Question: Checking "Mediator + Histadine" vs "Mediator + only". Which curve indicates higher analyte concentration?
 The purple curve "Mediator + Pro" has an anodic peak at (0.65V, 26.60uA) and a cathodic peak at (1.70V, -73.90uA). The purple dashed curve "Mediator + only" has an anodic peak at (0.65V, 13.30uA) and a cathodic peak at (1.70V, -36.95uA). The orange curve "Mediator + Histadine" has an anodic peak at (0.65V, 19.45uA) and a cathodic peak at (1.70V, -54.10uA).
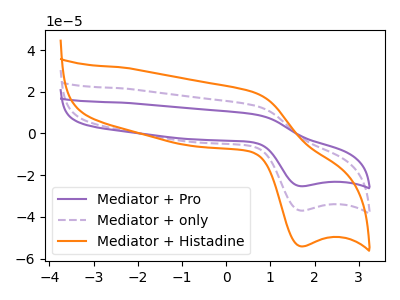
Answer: <think>All the peaks in "Mediator + Histadine" have a peak in "Mediator + only" at the same potential. Every peak in "Mediator + Histadine" is higher than every peak in "Mediator + only".
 </think>
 <answer>"Mediator + Histadine" has more signal than "Mediator + only" and so likely has a higher concentration.</answer>
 <eval>more_concentration</eval>